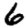
Digit: 6